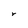
Character: r